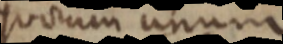
quorum unum